Annual report of the Bengal Veterinary College and of the Civil Veterinary Department, Bengal, for the year 1919-20 - 1919-1920
Year: 1919
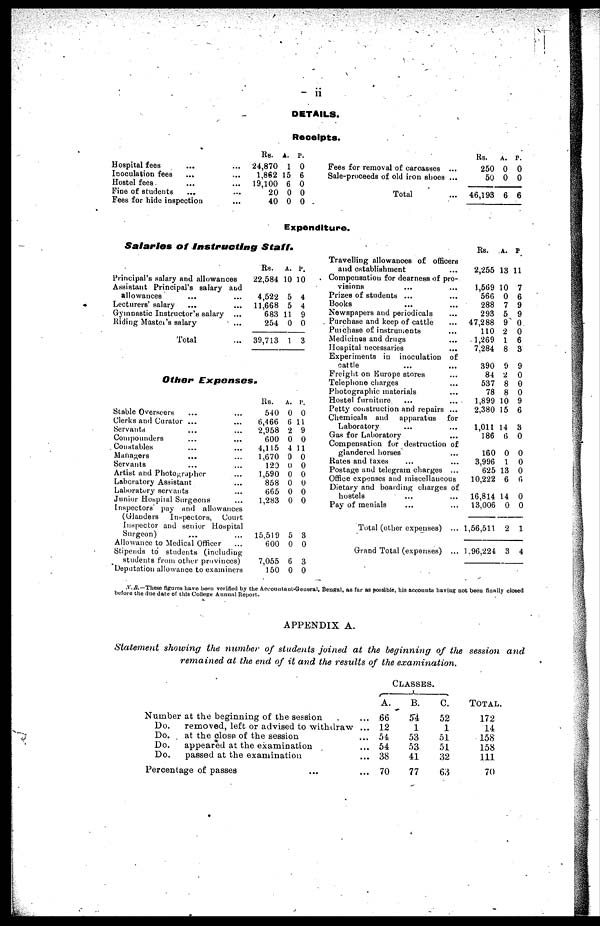
ii
DETAILS.
Receipts.
Hospital fees ... ...
Inoculation fees ... ...
Hostel fees ... ...
Fine of students ... ...
Fees for hide inspection ...
Rs. A. P.
24,870 1 0
1,862 15 6
19,100 6 0
20 0 0
40 0 0
Fees for removal of carcasses ...
Sale-proceeds of old iron shoes ...
Total ...
Rs. A. P.
250 0 0
50 0 0
46,193 6 6
Expenditure.
Salaries
of Instructing
Staff.
Principal's salary and allowances
Assistant Principal's salary and
allowances ... ...
Lecturers' salary ... ...
Gymnastic Instructor's salary ...
Riding Master's salary ...
Total ...
Rs. A. P.
22,584 10 10
4,522 5 4
11,668 5 4
683 11 9
254 0 0
39,713 1 3
Other
Expenses.
Stable Overseers ... ...
Clerks and Curator ...
Servants ... ...
Compounders ... ...
Constables ... ...
Managers ... ...
Servants
Artist and Photographer ...
Laboratory Assistant ...
Laboratory servants ...
Junior Hospital Surgeons
Inspectors' pay and allowances
(Glanders Inspectors, Court
Inspector and senior Hospital
Surgeon)
Allowance to Medical Officer
Stipends to students (including
students from other provinces)
Deputation allowance to examiners
Rs. A. P.
540 0 0
6,466 6 11
2,958 2 9
600 0 0
4,115 4 11
1,670 0 0
120 0 0
1,590 0 0
858 0 0
665 0 0
1,283 0 0
15,519 5 3
600 0 0
7,055 6 3
150 0 0
Travelling allowances of officers
and establishment ...
Compensation for dearness of pro-
visions ... ...
Prizes of students ... ...
Books ... ...
Newspapers and periodicals ...
Purchase and keep of cattle ...
Purchase of instruments ...
Medicines and drugs ...
Hospital necessaries ...
Experiments in inoculation of
cattle ... ...
Freight on Europe stores ...
Telephone charges ...
Photographic materials ...
Hostel furniture ... ...
Petty construction and repairs ...
Chemicals and apparatus for
Laboratory ... ...
Gas for Laboratory ...
Compensation for destruction of
glandered horses ...
Rates and taxes ... ...
Postage and telegram charges ...
Office expenses and miscellaneous
Dietary and boarding charges of
hostels ... ...
Pay of menials ... ...
Total (other expenses) ...
Grand Total (expenses) ...
Rs. A. P
2,255 13 11
1,569 10 7
566 0 6
288 7 9
293 5 9
47,288 9 0
110 2 0
1,269 1 6
7,284 8 3
390 9 9
84 2 0
537 8 0
78 8 0
1,899 10 9
2,380 15 6
1,011 14 3
186 6 0
160 0 0
3,996 1 0
625 13 0
10,222 6 6
16,814 14 0
13,006 0 0
1,56,511 2 1
1.96,224 3 4
N. B.—These figures have been verified by the Accountant-General, Bengal, as far as possible, his accounts having not been finally closed
before the due date of this College Annual Report.
APPENDIX A.
Statement showing the number of students joined at the beginning of the session and
remained at the end of it and the results of the
examination.
Number at the beginning of the session
Do.
removed, left or advised to withdraw
Do.
at the close of the session
Do.
appeared at the examination
Do.
passed at the examination
Percentage of passes ...
CLASSES.
A.
... 66
... 12
... 54
... 54
... 38
... 70
B.
54
1
53
53
41
77
C.
52
1
51
51
32
63
TOTAL.
172
14
158
158
111
70